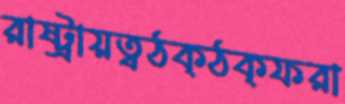
রাষ্ট্রায়ত্বঠক্‌ঠক্‌ফরা